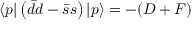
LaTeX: \langle p | \left( \bar { d } d - \bar { s } s \right) | p \rangle = - ( D + F )